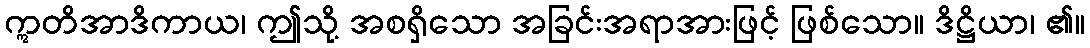
ဣတိအာဒိကာယ၊ ဤသို့ အစရှိသော အခြင်းအရာအားဖြင့် ဖြစ်သော။ ဒိဋ္ဌိယာ၊ ၏။